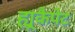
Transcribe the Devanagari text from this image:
ह्यूकैपेट